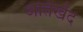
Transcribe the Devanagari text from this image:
अतिखेद